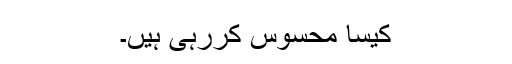
کیسا محسوس کررہی ہیں۔